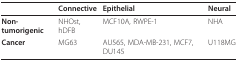
|  | Connective | Epithelial | Neural |
 | --- | --- | --- | --- |
 | Non-tumorigenic | NHOst, hDFB | MCF10A, RWPE-1 | NHA |
 | Cancer | MG63 | AU565, MDA-MB-231, MCF7, DU145 | U118MG |